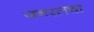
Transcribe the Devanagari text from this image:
जनरलचा